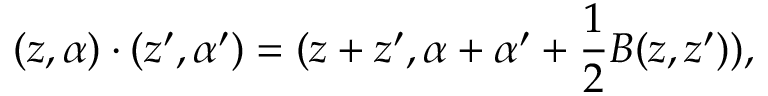
( z , \alpha ) \cdot ( z ^ { \prime } , \alpha ^ { \prime } ) = ( z + z ^ { \prime } , \alpha + \alpha ^ { \prime } + \frac 1 2 B ( z , z ^ { \prime } ) ) ,